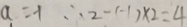
a = - 1 \therefore 2 - ( - 1 ) \times 2 = 4